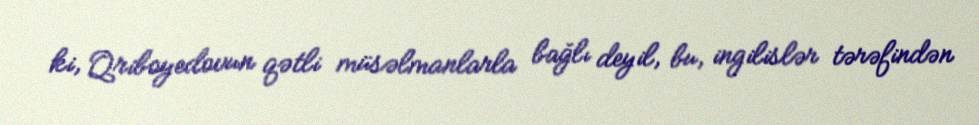
ki, Qriboyedovun qətli müsəlmanlarla bağlı deyil, bu, ingilislər tərəfindən